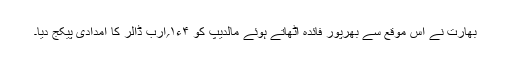
بھارت نے اس موقع سے بھرپور فائدہ اٹھاتے ہوئے مالدیپ کو ۴ء۱؍ارب ڈالر کا امدادی پیکج دیا۔